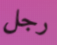
رجل